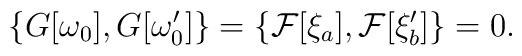
\{G[\omega_0],G[\omega_0']\}= \{{\cal   F}[\xi_a],{\cal F}[\xi_b']\}=0.